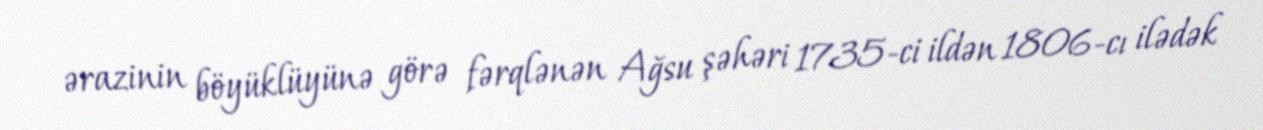
ərazinin böyüklüyünə görə fərqlənən Ağsu şəhəri 1735-ci ildən 1806-cı ilədək